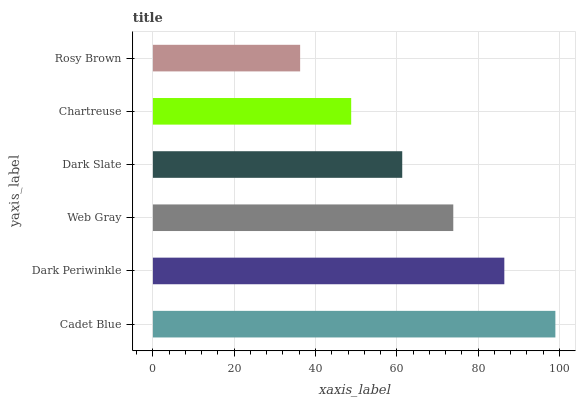
| yaxis_label | bars |
 | --- | --- |
 | Cadet Blue | 99 |
 | Dark Periwinkle | 86.4 |
 | Web Gray | 73.9 |
 | Dark Slate | 61.3 |
 | Chartreuse | 48.8 |
 | Rosy Brown | 36.2 |